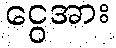
ငွေအား